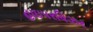
હાઇપરવિઝર